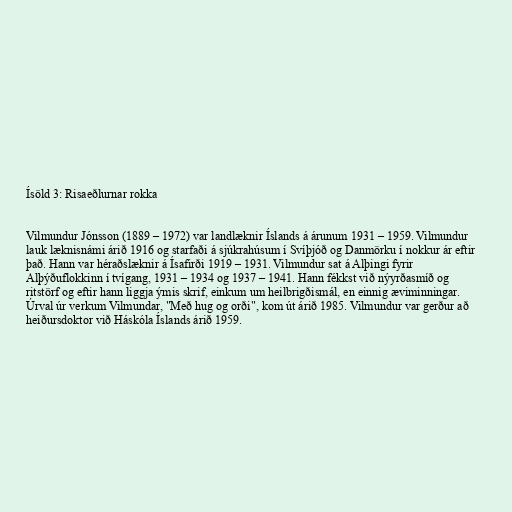
Ísöld 3: Risaeðlurnar rokka

Vilmundur Jónsson (1889 – 1972) var landlæknir Íslands á árunum 1931 – 1959. Vilmundur
lauk læknisnámi árið 1916 og starfaði á sjúkrahúsum í Svíþjóð og Danmörku í nokkur ár eftir
það. Hann var héraðslæknir á Ísafirði 1919 – 1931. Vilmundur sat á Alþingi fyrir
Alþýðuflokkinn í tvígang, 1931 – 1934 og 1937 – 1941. Hann fékkst við nýyrðasmíð og
ritstörf og eftir hann liggja ýmis skrif, einkum um heilbrigðismál, en einnig æviminningar.
Úrval úr verkum Vilmundar, "Með hug og orði", kom út árið 1985. Vilmundur var gerður að
heiðursdoktor við Háskóla Íslands árið 1959.